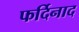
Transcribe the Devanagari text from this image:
फर्दिनाद